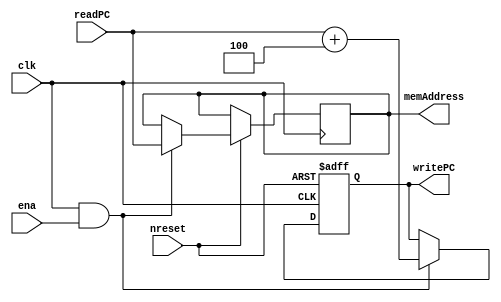
module fetch
(
 input[31:0] readPC,
 input clk,
 input nreset,
 input ena,
 output [31:0] writePC,
 output[31:0] memAddress
 );

	reg[31:0] q, address;
	wire reset;
	
	assign reset = ~nreset;
 
	always @(posedge clk, posedge reset) begin
		if (reset) begin
			q <= 0;	//Al reset, vuelve el PC a cero
		end
		else if (clk && ena) begin
			address <= readPC;
			q <= readPC + 4;	//Le suma 4 a cada pulso de clk
		end
	end
	
	assign memAddress = address;
	assign writePC = q;


endmodule